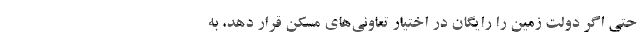
حتی اگر دولت زمین را رایگان در اختیار تعاونی‌های مسکن قرار دهد، به